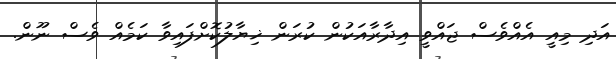
އަދި މިއީ އެއްވެސް ޖައްވީ އިދާރާއަކުން ކުރަން ޚިޔާލުކޮށްފައިވާ ކަމެއް ވެސް ނޫން.